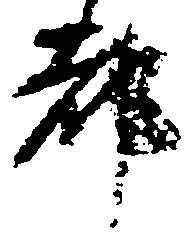
都